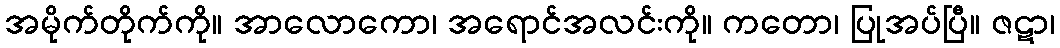
အမိုက်တိုက်ကို။ အာလောကော၊ အရောင်အလင်းကို။ ကတော၊ ပြုအပ်ပြီ။ ဇဋာ၊